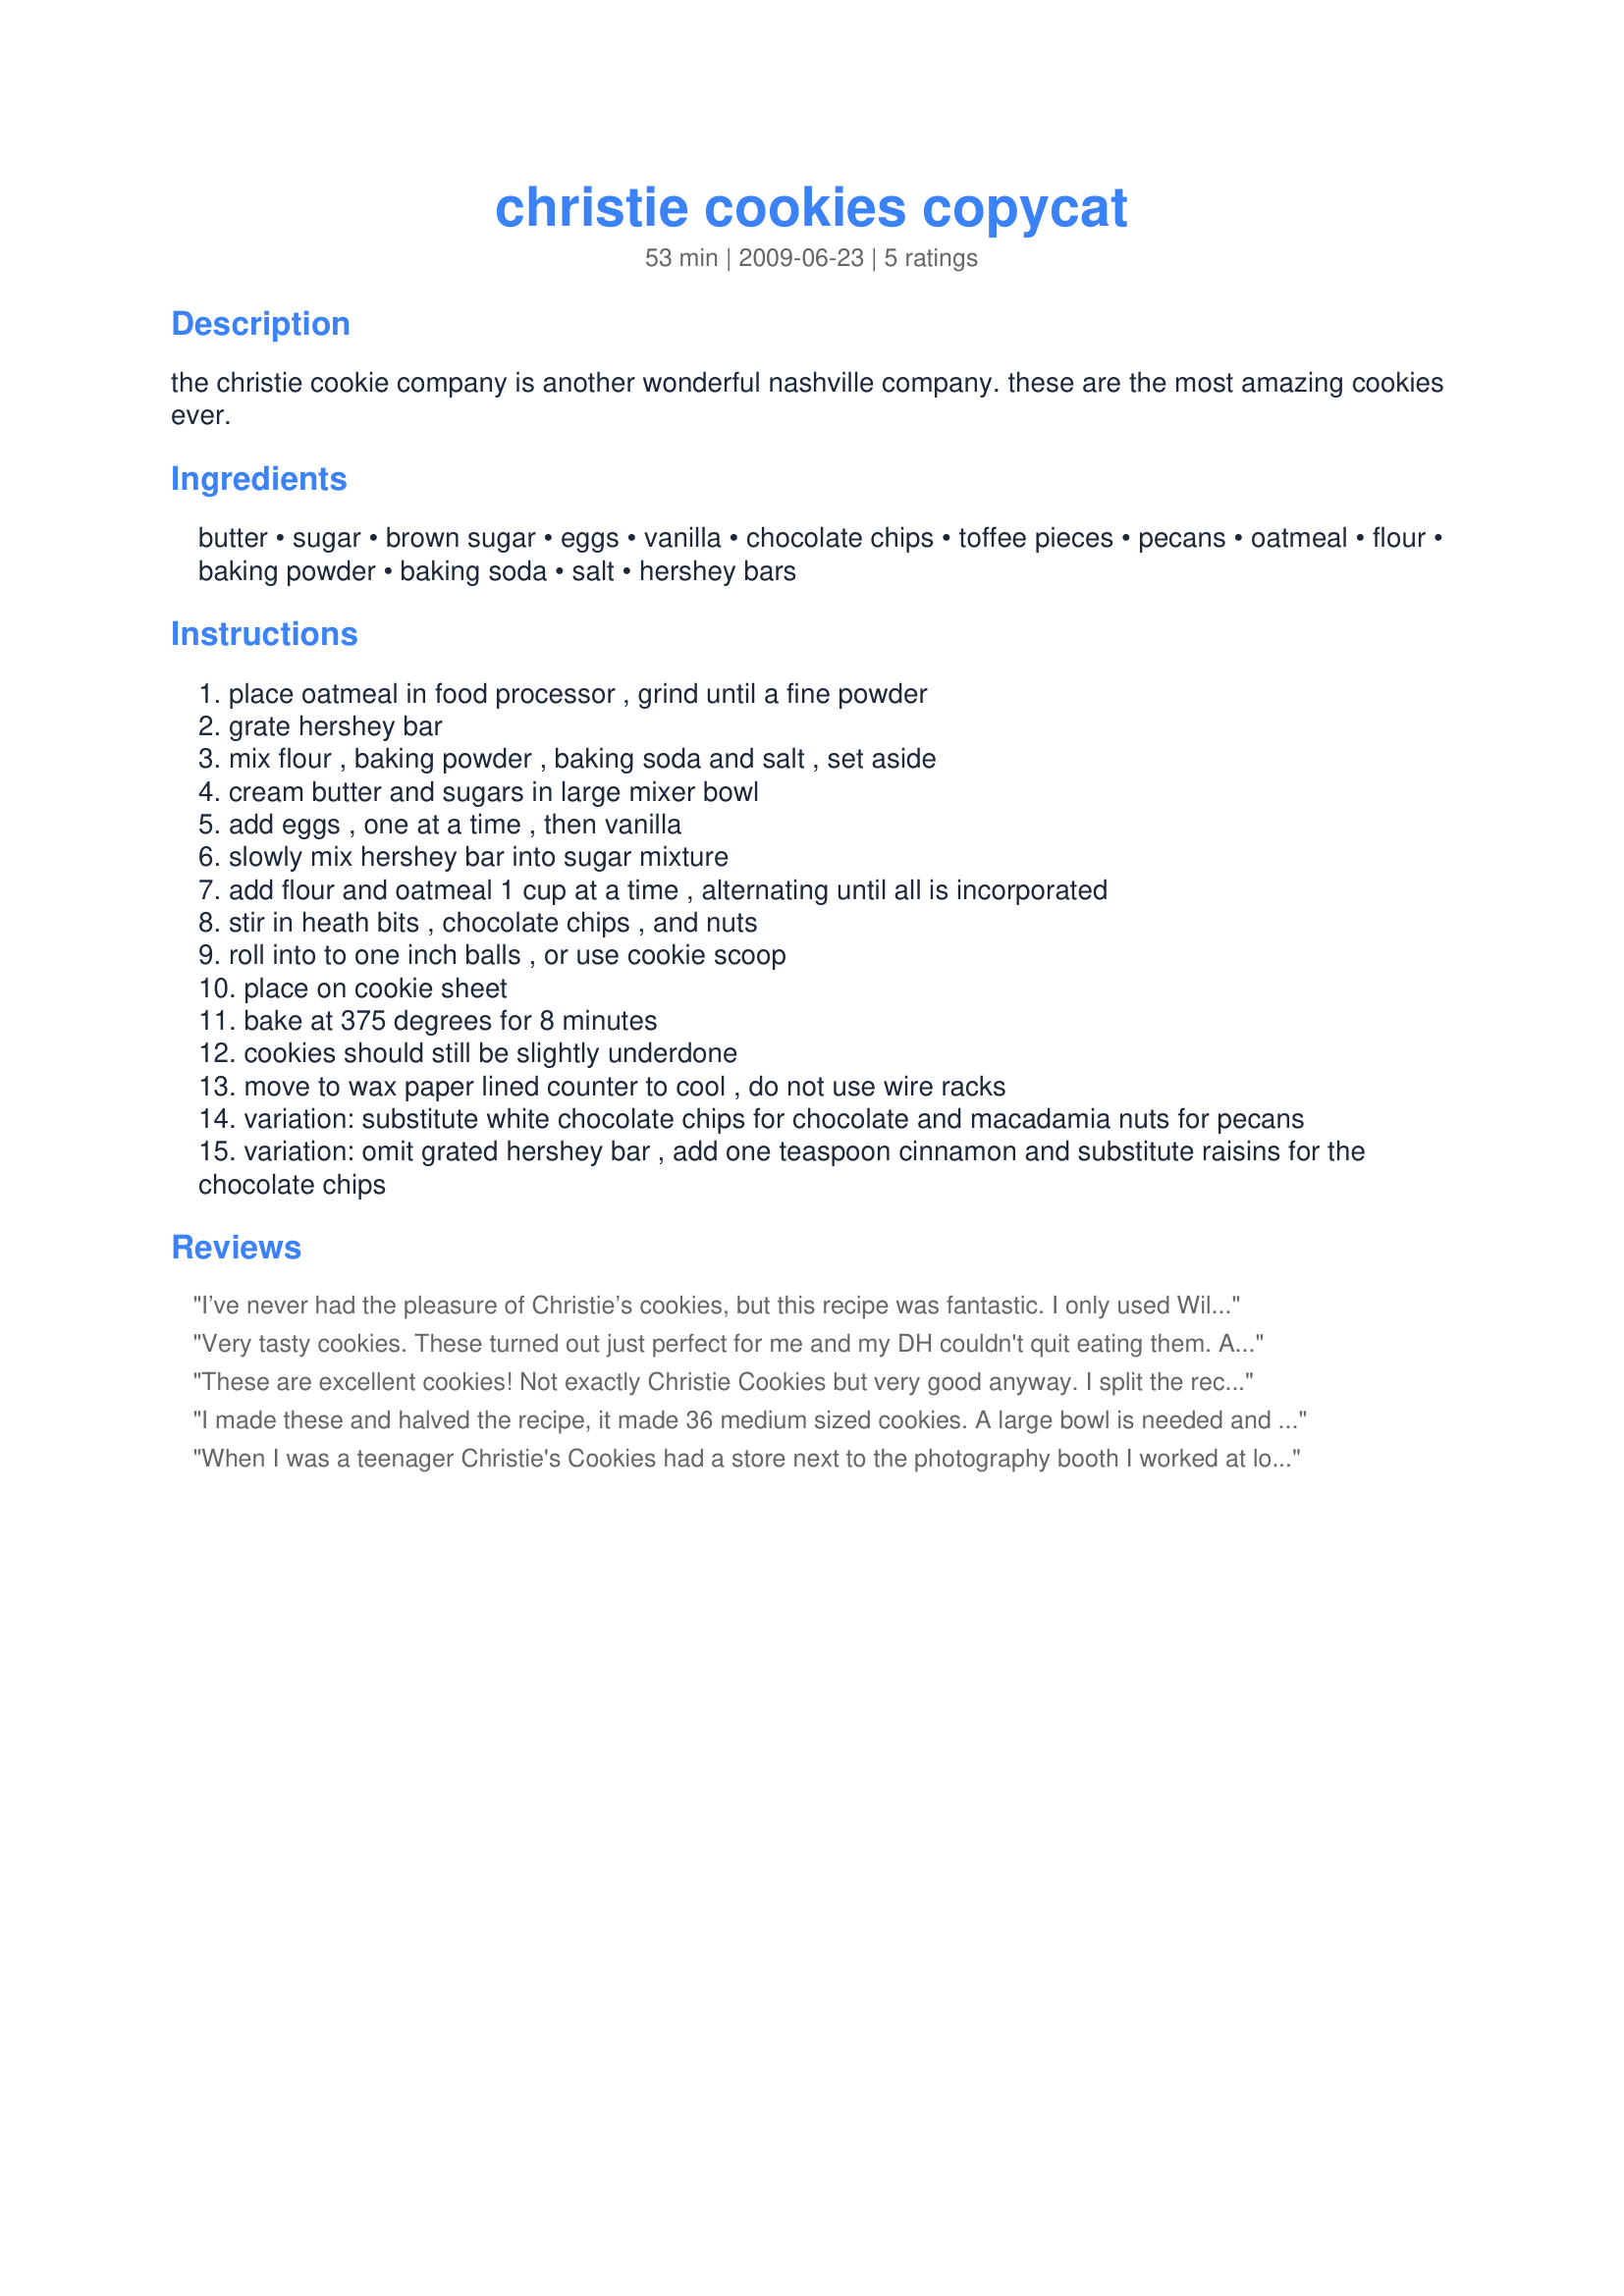
christie cookies copycat
Preparation time: 53 minutes

the christie cookie company is another wonderful nashville company. these are the most amazing cookies ever.

Ingredients:
butter, sugar, brown sugar, eggs, vanilla, chocolate chips, toffee pieces, pecans, oatmeal, flour, baking powder, baking soda, salt, hershey bars

Steps:
place oatmeal in food processor , grind until a fine powder
grate hershey bar
mix flour , baking powder , baking soda and salt , set aside
cream butter and sugars in large mixer bowl
add eggs , one at a time , then vanilla
slowly mix hershey bar into sugar mixture
add flour and oatmeal 1 cup at a time , alternating until all is incorporated
stir in heath bits , chocolate chips , and nuts
roll into to one inch balls , or use cookie scoop
place on cookie sheet
bake at 375 degrees for 8 minutes
cookies should still be slightly underdone
move to wax paper lined counter to cool , do not use wire racks
variation: substitute white chocolate chips for chocolate and macadamia nuts for pecans
variation: omit grated hershey bar , add one teaspoon cinnamon and substitute raisins for the chocolate chips

Reviews:
I’ve never had the pleasure of Christie’s cookies, but this recipe was fantastic. I only used Wilbur dark chocolate chips (from Lititz PA) &amp; the cookies came out moist, chewy &amp; absolutely delicious.
Very tasty cookies. These turned
out just perfect for me and my 
DH couldn't quit eating them. 
A wonderful recipe. Thanks
for sharing this great recipe!!
These are excellent cookies! Not exactly Christie Cookies but very good anyway. I split the recipe and made half chocolate chip and half oatmeal. I will definitely try the white chocolate version and maybe try putting Peanut butter chips in the chocolate chip cookies.
I made these and halved the recipe, it made 36 medium sized cookies. A large bowl is needed and a strong arm! We do not have toffee chips here in Australia, so I added 200g (about 8 ounces) of diced jersey caramels instead. Although not the best option, it is all I could think of. A great blend of flavours, just wish I had access to all the ingredients! My four children and husband loved them. Note - don't eat while hot! The caramel is VERY hot!!! Be patient and wait, your mouth will thank you.
When I was a teenager Christie's Cookies had a store next to the photography booth I worked at located inside the Opryland Theme park. This was 1991ish. They were amazing then. They are amazing now. The first time I made this recipe was before I had a kitchenaid. I had a JC Penny brand stand mixer and smoke started coming off the motor. Its pretty thick. The Goodwill stand mixer died that day but it was worth it. At that time that stand mixer was decades old and it did come from Goodwill as that was all that I could afford.
